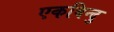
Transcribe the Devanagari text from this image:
एकबिन्दु